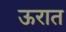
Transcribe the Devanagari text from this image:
ऊरात